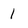
Character: 1